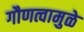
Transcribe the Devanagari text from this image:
गौणत्वामुळे